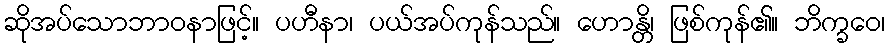
ဆိုအပ်သောဘာဝနာဖြင့်။ ပဟီနာ၊ ပယ်အပ်ကုန်သည်။ ဟောန္တိ၊ ဖြစ်ကုန်၏။ ဘိက္ခဝေ၊